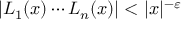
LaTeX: | L _ { 1 } ( x ) \cdots L _ { n } ( x ) | < | x | ^ { - \varepsilon }